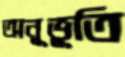
অনূভূতি